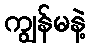
ကျွန်မနဲ့